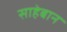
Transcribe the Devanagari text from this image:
साहेबान